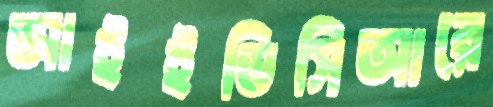
আইইডিসিআরে